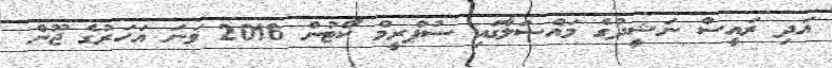
އަދި ރައީސް ނަޝީދުގެ މައްސަލާގައި ސުޕްރީމް ކޯޓުން 2016 ވަނަ އަހަރުގެ ޖޫން